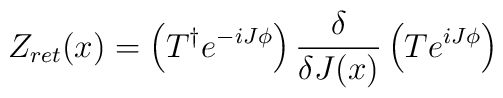
Z_{ret}(x) = \left(T^\dagger e^{-iJ\phi} \right)\frac{\delta}{\delta J(x)}\left( Te^{iJ\phi}\right)